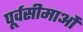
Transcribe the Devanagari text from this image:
पूर्वसीमाओं